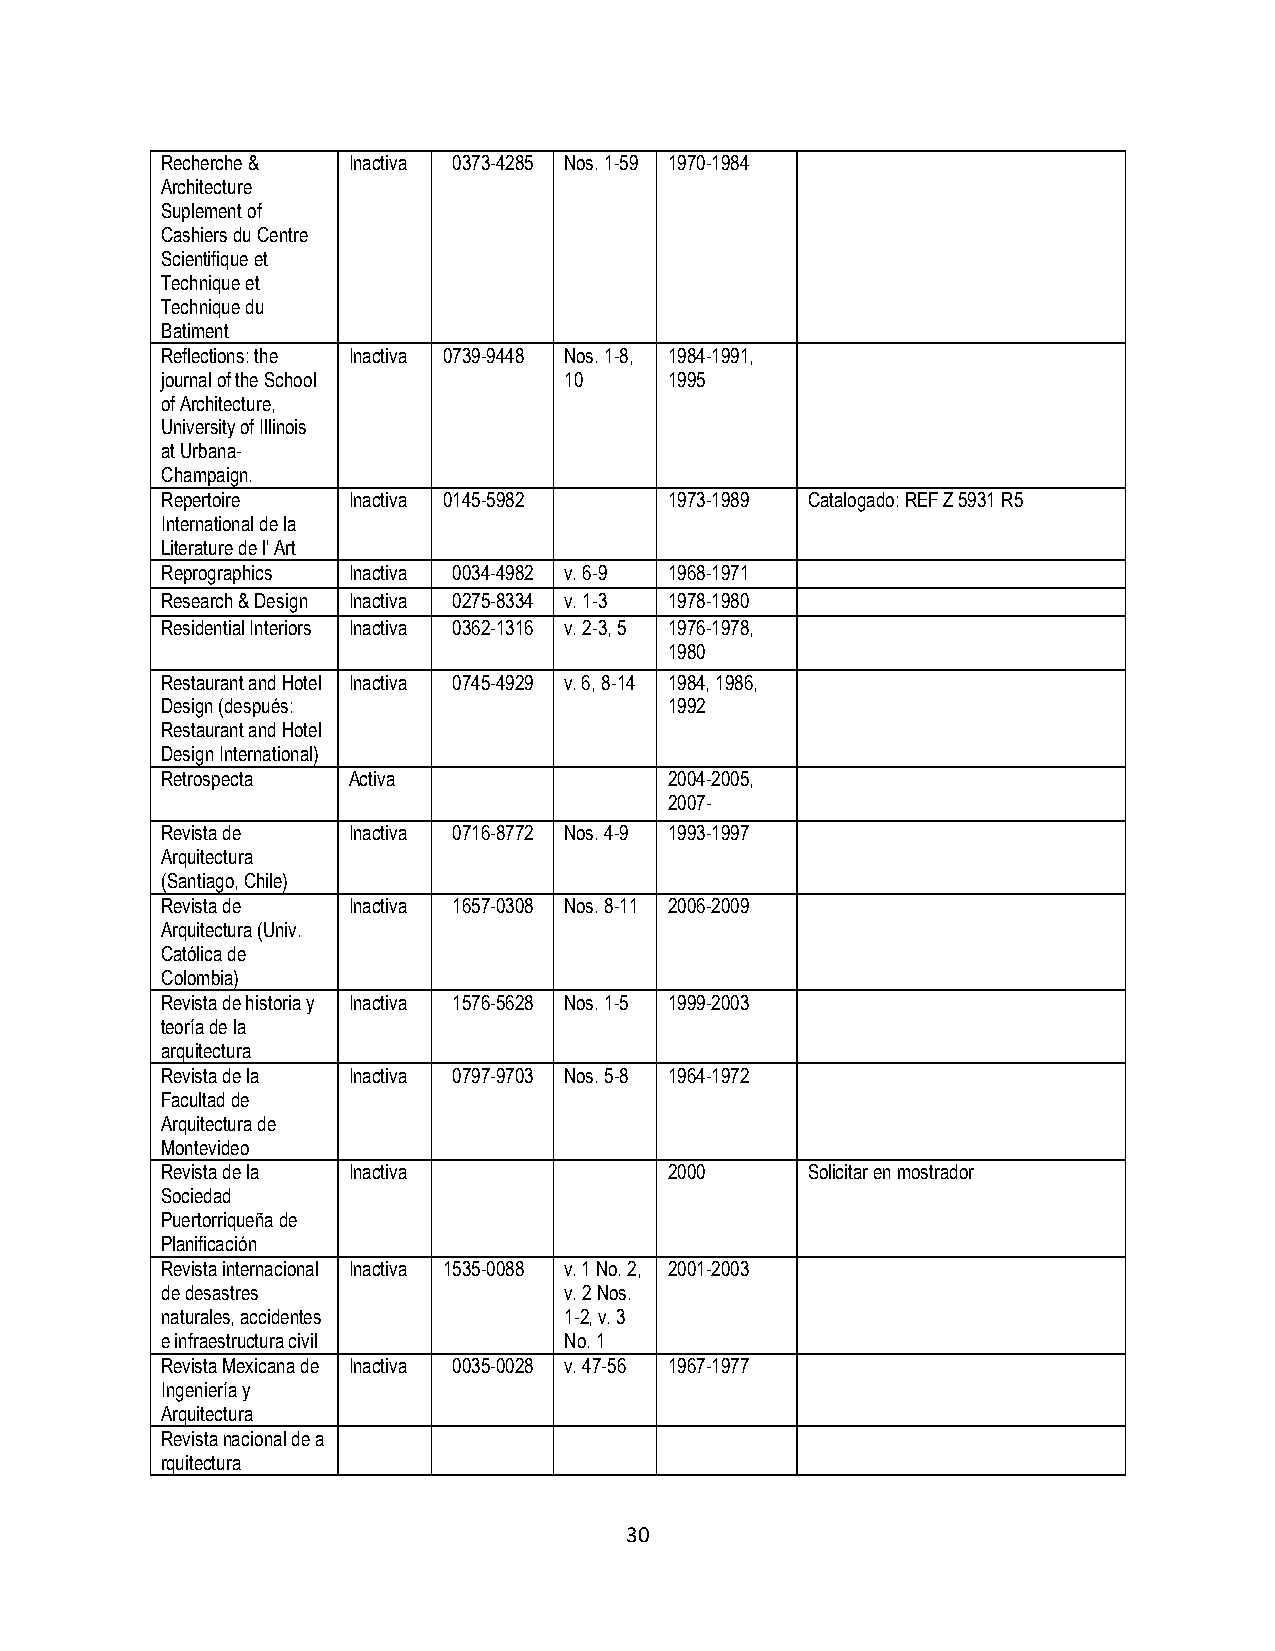
Recherche & Inactiva 0373-4285 Nos. 1-59 1970-1984
 Architecture
 Suplement of
 Cashiers du Centre
 Scientifique et
 Technique et
 Technique du
 Batiment
 Reflections: the Inactiva 0739-9448 Nos. 1-8, 1984-1991,
 journal of the School     10     1995
 of Architecture,
 University of Illinois
 at Urbana-
 Champaign.
 Repertoire  Inactiva 0145-5982   1973-1989 Catalogado: REF Z 5931 R5
 International de la
 Literature de l' Art
 Reprographics Inactiva 0034-4982 v. 6-9 1968-1971
 Research & Design Inactiva 0275-8334 v. 1-3 1978-1980
 Residential Interiors Inactiva 0362-1316 v. 2-3, 5 1976-1978,
 1980
 Restaurant and Hotel Inactiva 0745-4929 v. 6, 8-14 1984, 1986,
 Design (después:                 1992
 Restaurant and Hotel
 Design International)
 Retrospecta Activa               2004-2005,
 2007-
 Revista de  Inactiva 0716-8772 Nos. 4-9 1993-1997
 Arquitectura
 (Santiago, Chile)
 Revista de  Inactiva 1657-0308 Nos. 8-11 2006-2009
 Arquitectura (Univ.
 Católica de
 Colombia)
 Revista de historia y Inactiva 1576-5628 Nos. 1-5 1999-2003
 teoría de la
 arquitectura
 Revista de la Inactiva 0797-9703 Nos. 5-8 1964-1972
 Facultad de
 Arquitectura de
 Montevideo
 Revista de la Inactiva           2000      Solicitar en mostrador
 Sociedad
 Puertorriqueña de
 Planificación
 Revista internacional Inactiva 1535-0088 v. 1 No. 2, 2001-2003
 de desastres              v. 2 Nos.
 naturales, accidentes     1-2, v. 3
 e infraestructura civil   No. 1
 Revista Mexicana de Inactiva 0035-0028 v. 47-56 1967-1977
 Ingeniería y
 Arquitectura
 Revista nacional de a
 rquitectura
 30